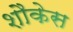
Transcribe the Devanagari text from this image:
शौकेस